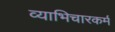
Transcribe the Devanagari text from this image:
व्याभिचारकर्म